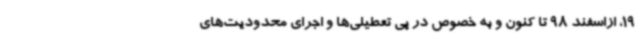
19، ازاسفند 98 تا کنون و به خصوص در پی تعطیلی‌ها و اجرای محدودیت‌های